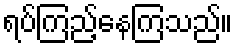
ရပ်ကြည့်နေကြသည်။